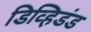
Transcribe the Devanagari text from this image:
डिव्हिडंड